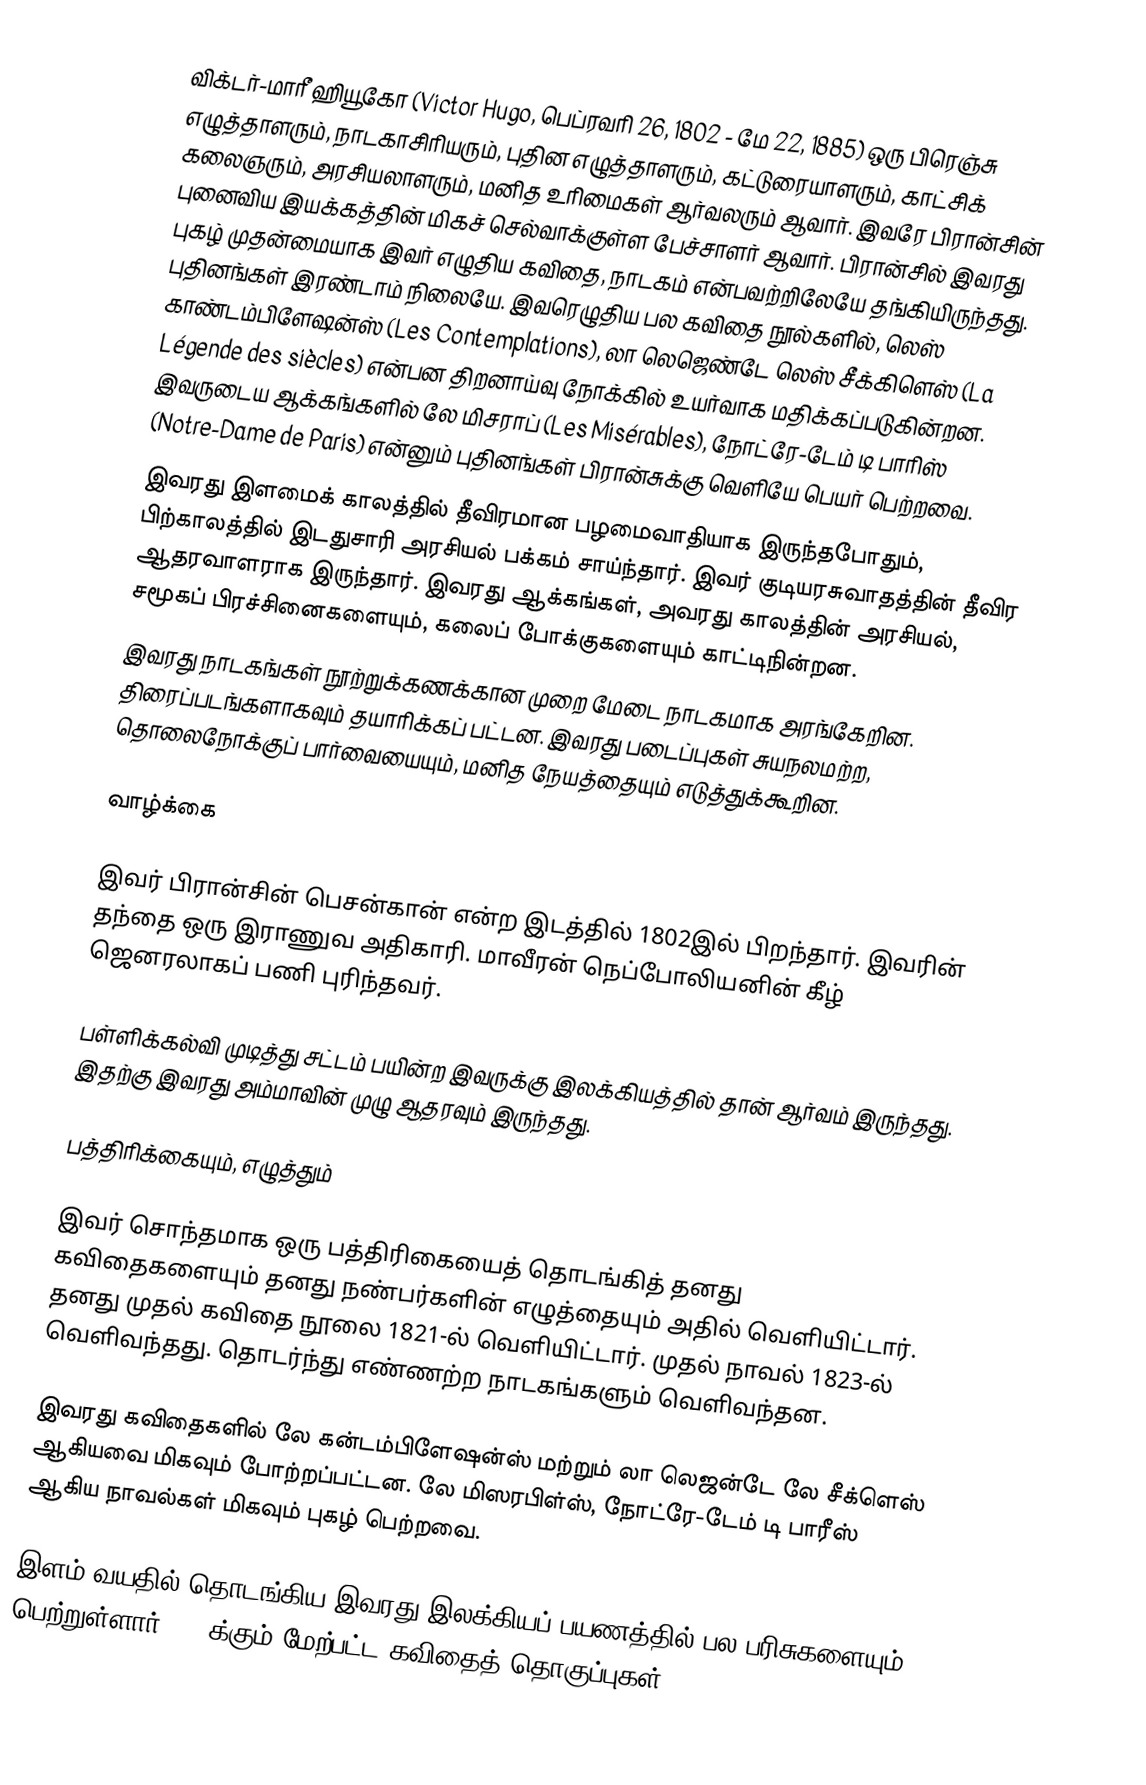
விக்டர்-மாரீ ஹியூகோ (Victor Hugo, பெப்ரவரி 26, 1802 - மே 22, 1885) ஒரு பிரெஞ்சு எழுத்தாளரும், நாடகாசிரியரும், புதின எழுத்தாளரும், கட்டுரையாளரும், காட்சிக் கலைஞரும், அரசியலாளரும், மனித உரிமைகள் ஆர்வலரும் ஆவார். இவரே பிரான்சின் புனைவிய இயக்கத்தின் மிகச் செல்வாக்குள்ள பேச்சாளர் ஆவார். பிரான்சில் இவரது புகழ் முதன்மையாக இவர் எழுதிய கவிதை, நாடகம் என்பவற்றிலேயே தங்கியிருந்தது. புதினங்கள் இரண்டாம் நிலையே. இவரெழுதிய பல கவிதை நூல்களில், லெஸ் காண்டம்பிளேஷன்ஸ் (Les Contemplations), லா லெஜெண்டே லெஸ் சீக்கிளெஸ் (La Légende des siècles) என்பன திறனாய்வு நோக்கில் உயர்வாக மதிக்கப்படுகின்றன. இவருடைய ஆக்கங்களில் லே மிசராப் (Les Misérables), நோட்ரே-டேம் டி பாரிஸ் (Notre-Dame de Paris) என்னும் புதினங்கள் பிரான்சுக்கு வெளியே பெயர் பெற்றவை.
இவரது இளமைக் காலத்தில் தீவிரமான பழமைவாதியாக இருந்தபோதும், பிற்காலத்தில் இடதுசாரி அரசியல் பக்கம் சாய்ந்தார். இவர் குடியரசுவாதத்தின் தீவிர ஆதரவாளராக இருந்தார். இவரது ஆக்கங்கள், அவரது காலத்தின் அரசியல், சமூகப் பிரச்சினைகளையும், கலைப் போக்குகளையும் காட்டிநின்றன.
இவரது நாடகங்கள் நூற்றுக்கணக்கான முறை மேடை நாடகமாக அரங்கேறின. திரைப்படங்களாகவும் தயாரிக்கப் பட்டன. இவரது படைப்புகள் சுயநலமற்ற, தொலைநோக்குப் பார்வையையும், மனித நேயத்தையும் எடுத்துக்கூறின.

வாழ்க்கை

இவர் பிரான்சின் பெசன்கான் என்ற இடத்தில் 1802இல் பிறந்தார். இவரின் தந்தை ஒரு இராணுவ அதிகாரி. மாவீரன் நெப்போலியனின் கீழ் ஜெனரலாகப் பணி புரிந்தவர்.

பள்ளிக்கல்வி முடித்து சட்டம் பயின்ற இவருக்கு இலக்கியத்தில் தான் ஆர்வம் இருந்தது. இதற்கு இவரது அம்மாவின் முழு ஆதரவும் இருந்தது.

பத்திரிக்கையும், எழுத்தும்

இவர் சொந்தமாக ஒரு பத்திரிகையைத் தொடங்கித் தனது கவிதைகளையும் தனது நண்பர்களின் எழுத்தையும் அதில் வெளியிட்டார். தனது முதல் கவிதை நூலை 1821-ல் வெளியிட்டார். முதல் நாவல் 1823-ல் வெளிவந்தது. தொடர்ந்து எண்ணற்ற நாடகங்களும் வெளிவந்தன.

இவரது கவிதைகளில் லே கன்டம்பிளேஷன்ஸ் மற்றும் லா லெஜன்டே லே சீக்ளெஸ் ஆகியவை மிகவும் போற்றப்பட்டன. லே மிஸரபிள்ஸ், நோட்ரே-டேம் டி பாரீஸ் ஆகிய நாவல்கள் மிகவும் புகழ் பெற்றவை.

இளம் வயதில் தொடங்கிய இவரது இலக்கியப் பயணத்தில் பல பரிசுகளையும் பெற்றுள்ளார். 20-க்கும் மேற்பட்ட கவிதைத் தொகுப்புகள்,